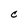
Character: C